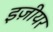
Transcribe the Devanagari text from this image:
इज़ीयर